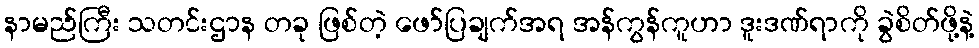
နာမည်ကြီး သတင်းဌာန တခု ဖြစ်တဲ့ ဖော်ပြချက်အရ အန်ကွန်ကူဟာ ဒူးဒဏ်ရာကို ခွဲစိတ်ဖို့နဲ့